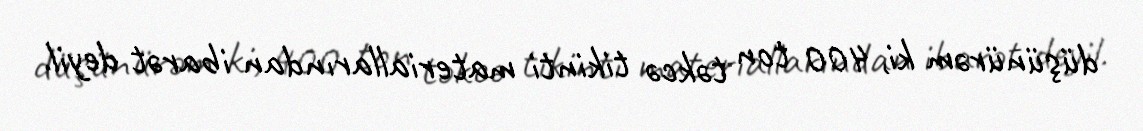
düşünürəm ki, 400 ton təkcə tikinti materiallarından ibarət deyil.